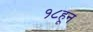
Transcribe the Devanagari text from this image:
१८हून